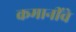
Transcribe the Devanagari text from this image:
कमानींचे